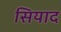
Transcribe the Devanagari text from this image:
सियाद